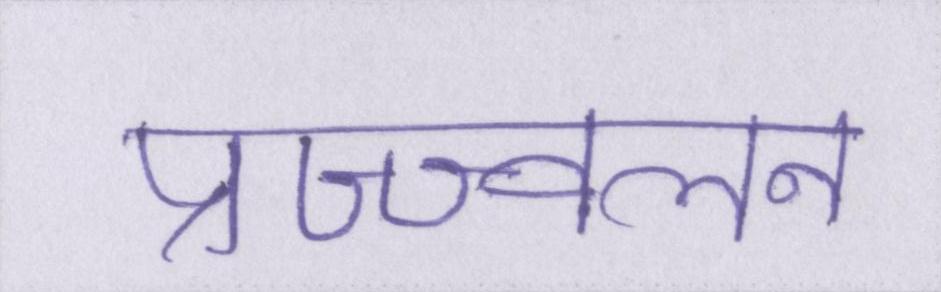
प्रज्ज्वलन